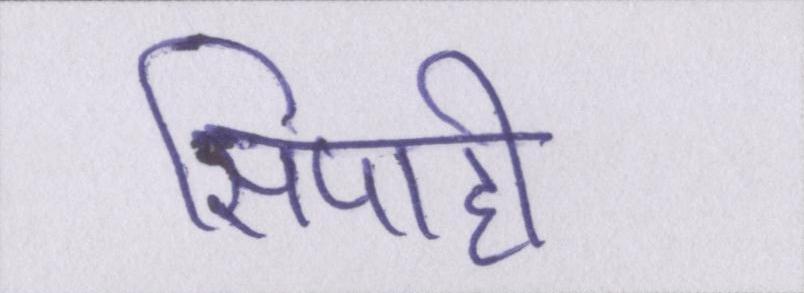
सिपाही